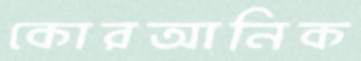
কোরআনিক